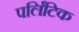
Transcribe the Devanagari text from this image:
पर्लिटिक